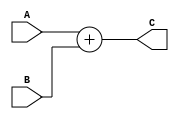
`timescale 1ns/1ns

module Sumador(
    input [31:0]A,
    input [31:0]B,
    output [31:0]C
);

assign C=A+B;

endmodule